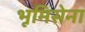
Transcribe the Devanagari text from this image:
भूमिसेना